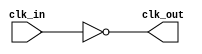
module InvertingClockBuffer (
    input wire clk_in,      // Clock input
    output wire clk_out     // Inverted clock output
);

// Invert the clock signal using a simple NOT operation
assign clk_out = ~clk_in;

endmodule